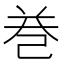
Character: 𢀻